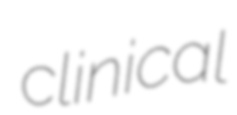
clinical